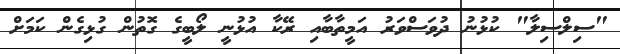
"ސިލްސިލާ" ކުޅުނު ދުވަސްވަރު އަމީތާބާއި ރޭކާ އުޅުނީ ލޯބީގެ ގޮތުން ގުޅިގެން ކަމަށް